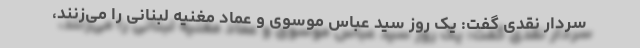
سردار نقدی گفت: یک روز سید عباس موسوی و عماد مغنیه لبنانی را می‌زنند،